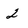
Character: 2